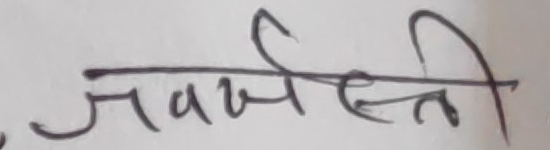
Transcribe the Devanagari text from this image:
जबरस्ती